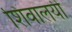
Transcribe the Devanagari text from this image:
शिवालयी